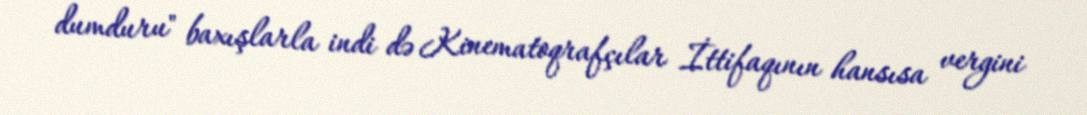
dumduru" baxışlarla indi də Kinematoqrafçılar İttifaqının hansısa vergini